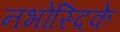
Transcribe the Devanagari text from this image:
नभोस्दिके